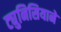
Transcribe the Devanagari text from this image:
ट्युनिसियाने